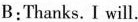
B:Thanks. I will.